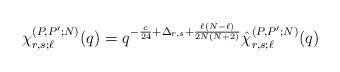
LaTeX: \begin{align*}\chi_{r,s;\ell}^{(P,P';N)}(q)=q^{-\frac{c}{24}+\Delta_{r,s}+\frac{\ell(N-\ell)}{2N(N+2)}}\hat{\chi}_{r,s;\ell}^{(P,P';N)}(q)\end{align*}